Report of veterinary surgeon J.H. Steel, A.V.D., on his investigation into an obscure and fatal disease among transport mules in British Burma
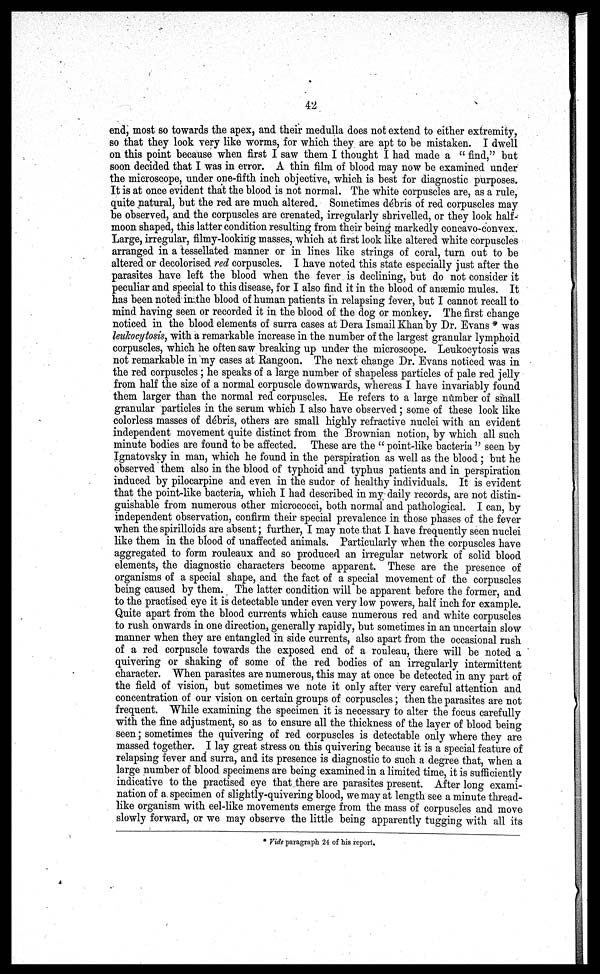
42
end, most so towards the apex, and their medulla does not extend to either extremity,
so that they look very like worms, for which they are apt to be mistaken. I dwell
on this point because when first I saw them I thought I had made a " find," but
soon decided that I was in error. A thin film of blood may now be examined under
the microscope, under one-fifth inch objective, which is best for diagnostic purposes.
It is at once evident that the blood is not normal. The white corpuscles are, as a rule,
quite natural, but the red are much altered. Sometimes débris of red corpuscles may
be observed, and the corpuscles are crenated, irregularly shrivelled, or they look half-
moon shaped, this latter condition resulting from their being markedly concavo-convex.
Large, irregular, filmy-looking masses, which at first look like altered white corpuscles
arranged in a tessellated manner or in lines like strings of coral, turn out to be
altered or decolorised red corpuscles. I have noted this state especially just after the
parasites have left the blood when the fever is declining, but do not consider it
peculiar and special to this disease, for I also find it in the blood of anæmic mules. It
has been noted in the blood of human patients in relapsing fever, but I cannot recall to
mind having seen or recorded it in the blood of the dog or monkey. The first change
noticed in the blood elements of surra cases at Dera Ismail Khan by Dr. Evans * was
leukocytosis, with a remarkable increase in the number of the largest granular lymphoid
corpuscles, which he often saw breaking up under the microscope. Leukocytosis was
not remarkable in my cases at Rangoon. The next change Dr. Evans noticed was in
the red corpuscles ; he speaks of a large number of shapeless particles of pale red jelly
from half the size of a normal corpuscle downwards, whereas I have invariably found
them larger than the normal red corpuscles. He refers to a large number of small
granular particles in the serum which I also have observed; some of these look like
colorless masses of débris, others are small highly refractive nuclei with an evident
independent movement quite distinct from the Brownian notion, by which all such
minute bodies are found to be affected. These are the " point-like bacteria " seen by
Ignatovsky in man, which he found in the perspiration as well as the blood ; but he
observed them also in the blood of typhoid and typhus patients and in perspiration
induced by pilocarpine and even in the sudor of healthy individuals. It is evident
that the point-like bacteria, which I had described in my daily records, are not distin-
guishable from numerous other micrococci, both normal and pathological. I can, by
independent observation, confirm their special prevalence in those phases of the fever
when the spirilloids are absent; further, I may note that I have frequently seen nuclei
like them in the blood of unaffected animals. Particularly when the corpuscles have
aggregated to form rouleaux and so produced an irregular network of solid blood
elements, the diagnostic characters become apparent. These are the presence of
organisms of a special shape, and the fact of a special movement of the corpuscles
being caused by them. The latter condition will be apparent before the former, and
to the practised eye it is detectable under even very low powers, half inch for example
Quite apart from the blood currents which cause numerous red and white corpuscle
to rush onwards in one direction, generally rapidly, but sometimes in an uncertain slow
manner when they are entangled in side currents, also apart from the occasional rush
of a red corpuscle towards the exposed end of a rouleau, there will be noted a
quivering or shaking of some of the red bodies of an irregularly intermittent
character. When parasites are numerous, this may at once be detected in any part of
the field of vision, but sometimes we note it only after very careful attention and
concentration of our vision on certain groups of corpuscles; then the parasites are not
frequent. While examining the specimen it is necessary to alter the focus carefully
with the fine adjustment, so as to ensure all the thickness of the layer of blood being
seen; sometimes the quivering of red corpuscles is detectable only where they are
massed together. I lay great stress on this quivering because it is a special feature of
relapsing fever and surra, and its presence is diagnostic to such a degree that, when a
large number of blood specimens are being examined in a limited time, it is sufficiently
indicative to the practised eye that there are parasites present. After long exami-
nation of a specimen of slightly-quivering blood, we may at length see a minute thread-
like organism with eel-like movements emerge from the mass of corpuscles and move
slowly forward, or we may observe the little being apparently tugging with all its
* Vide paragraph 24 of his report,